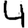
Digit: 4